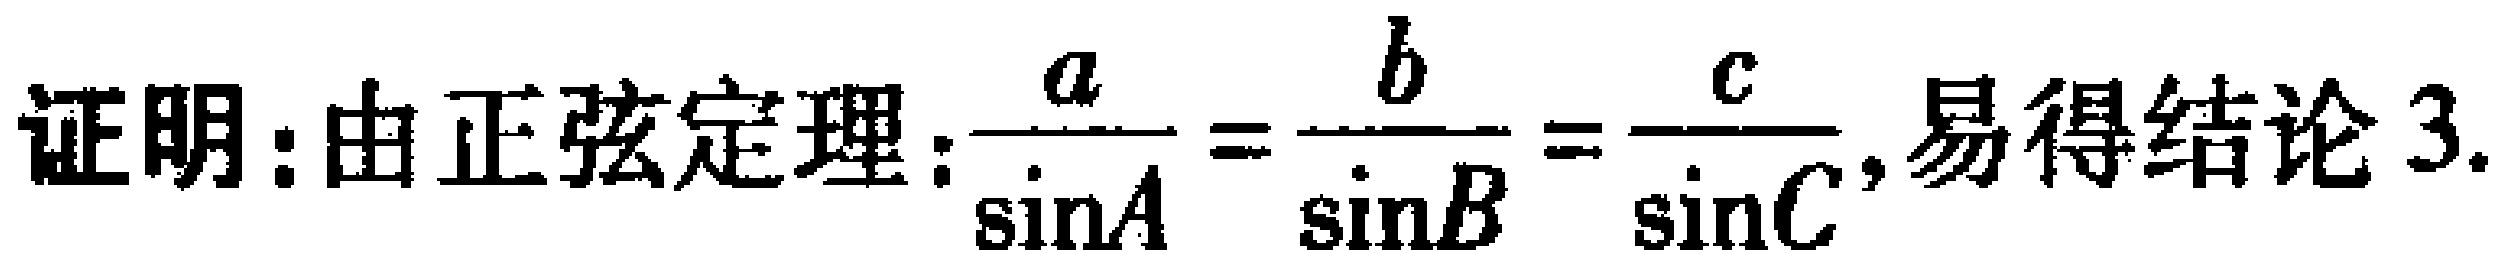
证明：由正弦定理：\(\frac{a}{\sin A}=\frac{b}{\sin B}=\frac{c}{\sin C}\)，易得结论 3.